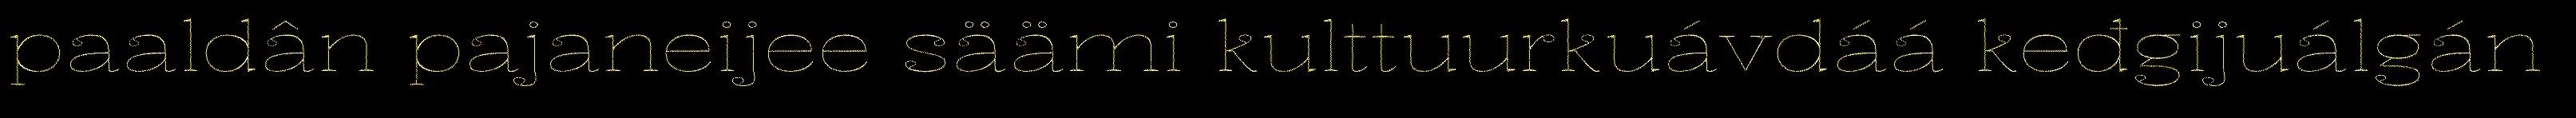
paaldân pajaneijee säämi kulttuurkuávdáá keđgijuálgán